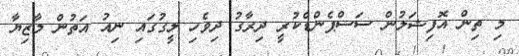
މި ތިން އޮފިޝަލުން ސަސްޕެންޑްކުރީ ދިރާގު ދިވެހި ލީގުގައި ނިއު އަތުން މާޒިޔާ